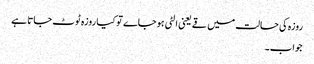
روزہ کی حالت میں قے یعنی الٹی ہوجاے تو کیا روزہ ٹوٹ جاتا ہے
جواب۔